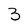
Character: 3